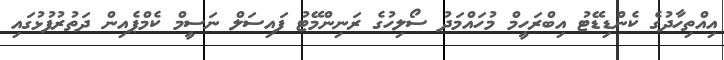
އިއްތިހާދުގެ ކެންޑިޑޭޓު އިބްރަހީމް މުހައްމަދު ސޯލިހުގެ ރަނިންމޭޓު ފައިސަލް ނަސީމް ކެމްޕެއިން ދަތުރުފުޅުގައި